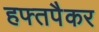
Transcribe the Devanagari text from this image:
हफ्तपैकर